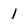
Character: 1